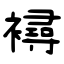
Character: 襑